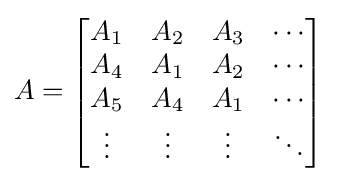
A={\begin{bmatrix}A_{1}&A_{2}&A_{3}&\cdots \\A_{4}&A_{1}&A_{2}&\cdots \\A_{5}&A_{4}&A_{1}&\cdots \\\vdots &\vdots &\vdots &\ddots \end{bmatrix}}